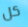
كل